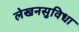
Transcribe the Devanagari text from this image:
लेखनसुविधा